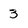
Character: 3